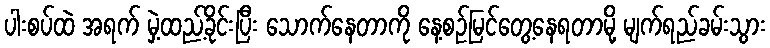
ပါးစပ်ထဲ အရက် မှဲ့ထည့်ခိုင်းပြီး သောက်နေတာကို နေ့စဉ်မြင်တွေ့နေရတာမို့ မျက်ရည်ခမ်းသွား